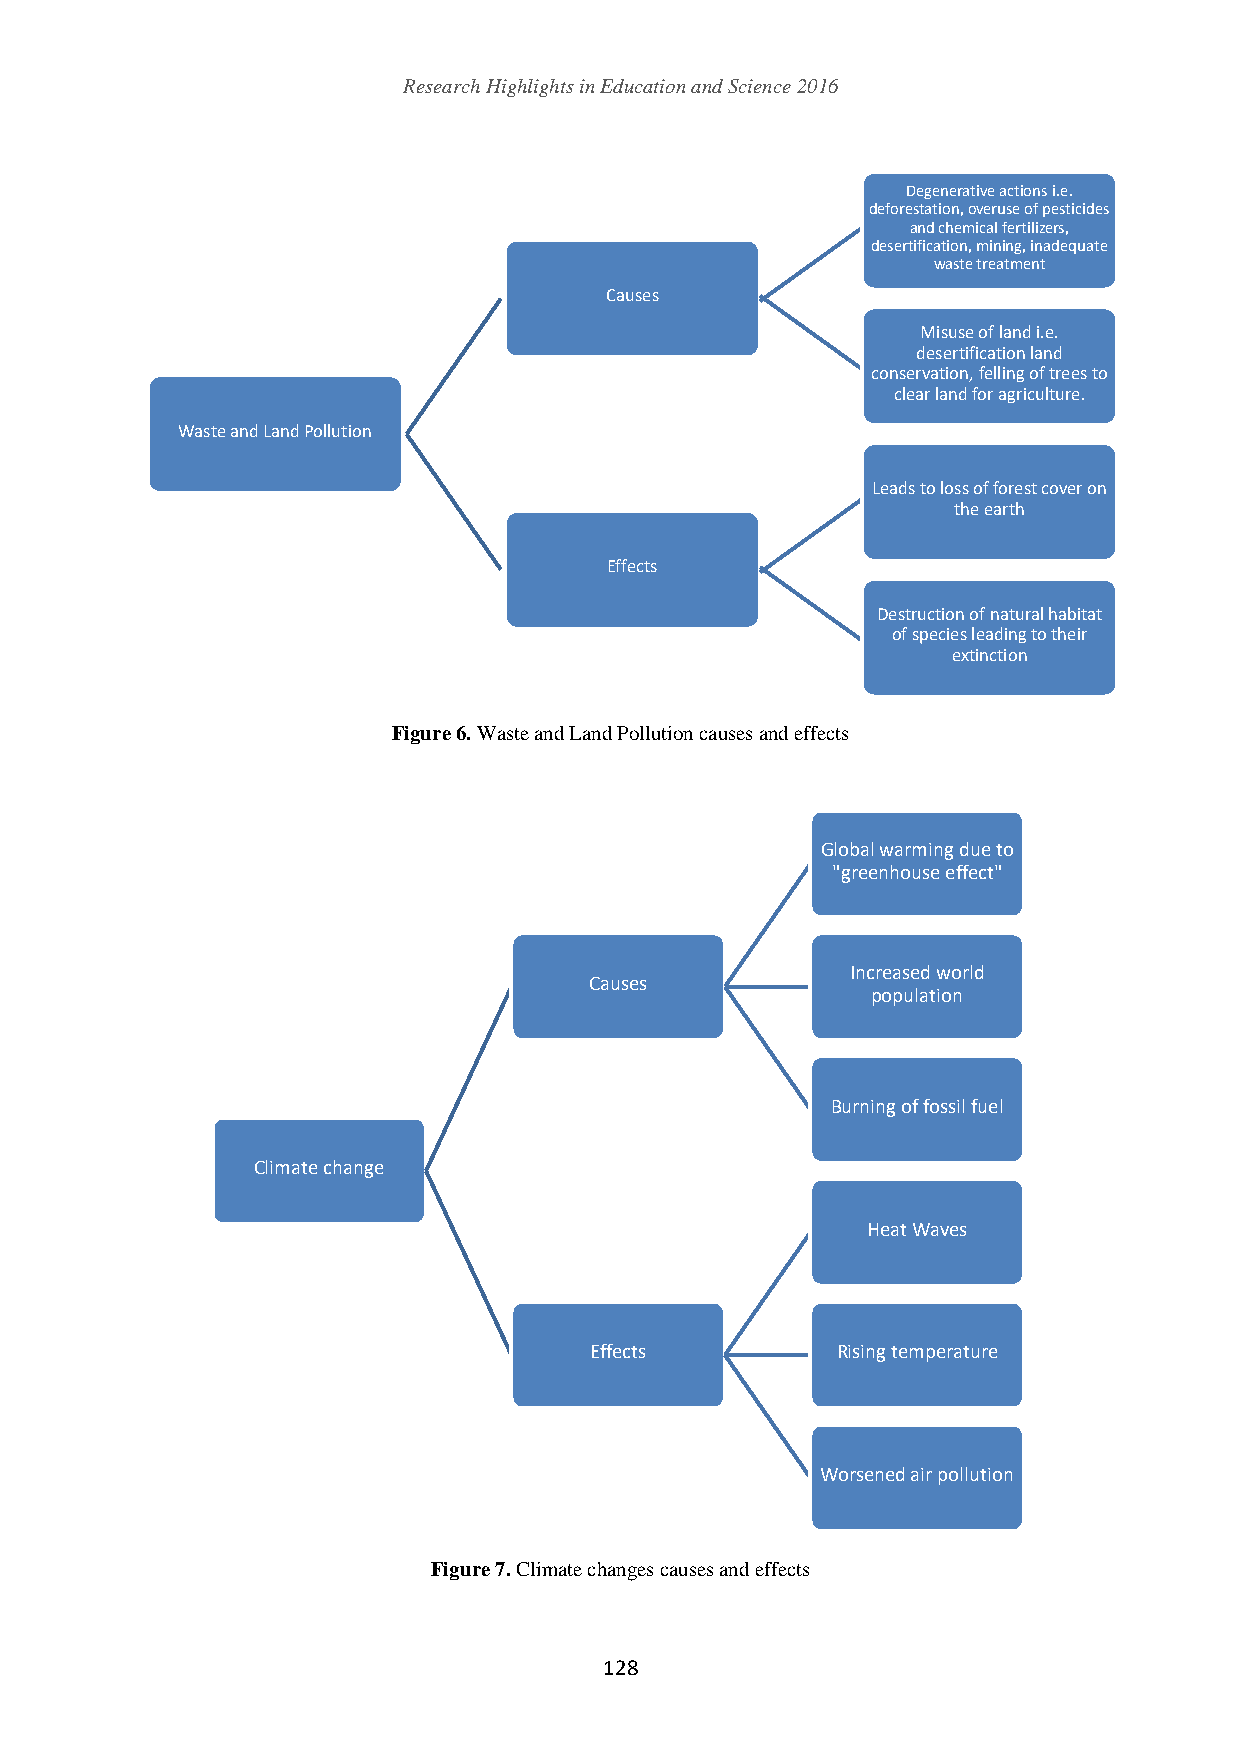
Research Highlights in Education and Science 2016
 Degenerative actions i.e.
 deforestation, overuse of pesticides
 and chemical fertilizers,
 desertification, mining, inadequate
 waste treatment
 Causes
 Misuse of land i.e.
 desertification land
 conservation, felling of trees to
 clear land for agriculture.
 Waste and Land Pollution
 Leads to loss of forest cover on
 the earth
 Effects
 Destruction of natural habitat
 of species leading to their
 extinction
 Figure 6. Waste and Land Pollution causes and effects
 Global warming due to
 "greenhouse effect"
 Increased world
 Causes
 population
 Burning of fossil fuel
 Climate change
 Heat Waves
 Effects         Rising temperature
 Worsened air pollution
 Figure 7. Climate changes causes and effects
 128